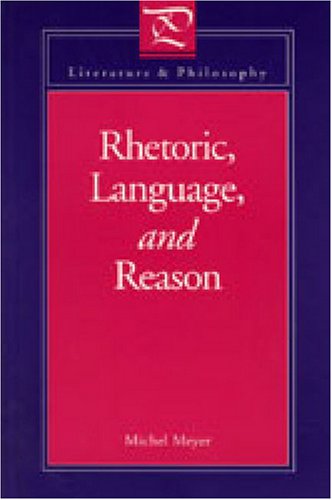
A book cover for Rhetoric, Language, and Reason (Literature & Philosophy); Michel Meyer; Politics & Social Sciences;